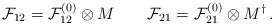
\begin{align*}{\cal F}_{12}={\cal F}_{12}^{(0)}\otimes M \qquad {\cal F}_{21}={\cal F}_{21}^{(0)}\otimes M^{\dagger} \, .\end{align*}